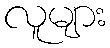
လူများ